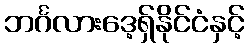
ဘင်္ဂလားဒေ့ရှ်နိုင်ငံနှင့်